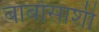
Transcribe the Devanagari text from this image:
बार्बोसाशी